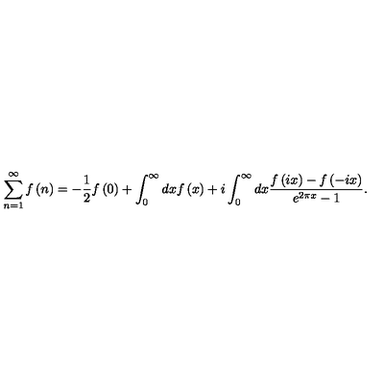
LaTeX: \sum _ { n = 1 } ^ { \infty } f \left( n \right) = - \frac { 1 } { 2 } f \left( 0 \right) + \int _ { 0 } ^ { \infty } d x f \left( x \right) + i \int _ { 0 } ^ { \infty } d x \frac { f \left( i x \right) - f \left( - i x \right) } { e ^ { 2 \pi x } - 1 } .